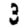
Digit: 3